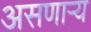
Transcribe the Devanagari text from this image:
असणाऱ्य